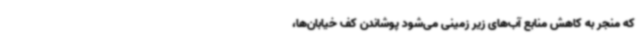
که منجر به کاهش منابع آب‌های زیر زمینی می‌شود پوشاندن کف خیابان‌ها،